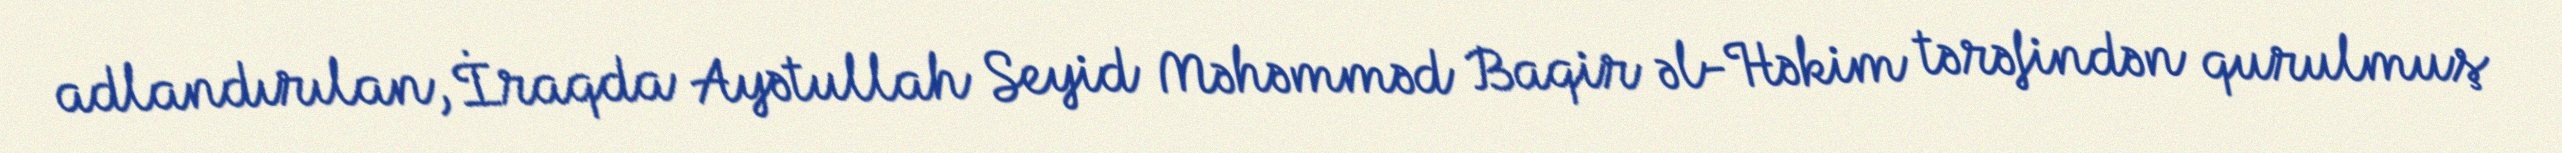
adlandırılan, İraqda Ayətullah Seyid Məhəmməd Baqir əl-Həkim tərəfindən qurulmuş